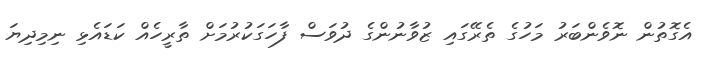
އެގޮތުން ނޮވެންބަރު މަހުގެ ތެރޭގައި ޒުވާނުންގެ ދުވަސް ފާހަގަކުރުމަށް ތާރީހެއް ކަޑައެޅި ނިމިދިޔަ